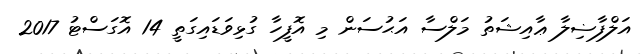
އަލްފާޟިލާ ޢާއިޝަތު މަލްސާ އަޙުސަން މި އޮފީހާ ގުޅިވަޑައިގަތީ 14 އޮގަސްޓު 2017